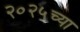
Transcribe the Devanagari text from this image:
२०२५च्या